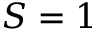
S = 1